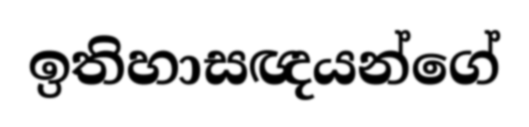
ඉතිහාසඥයන්ගේ